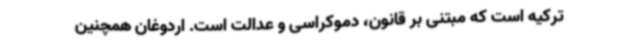
ترکیه است که مبتنی بر قانون، دموکراسی و عدالت است. اردوغان همچنین